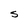
Character: S